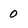
Character: 0